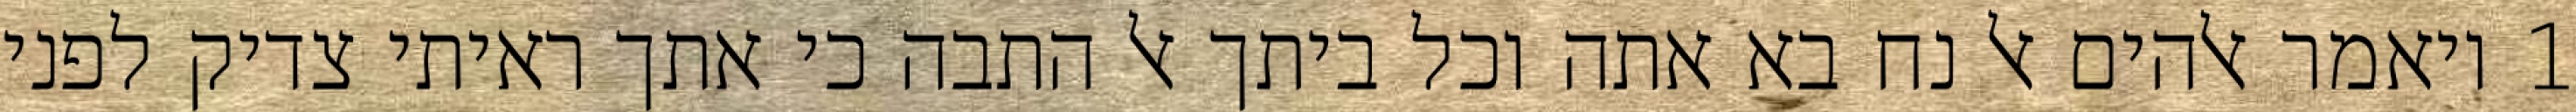
1 ויאמר אלהים אל נח בא אתה וכל ביתך אל התבה כי אתך ראיתי צדיק לפני